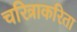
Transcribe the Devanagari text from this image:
चरित्राकरिता